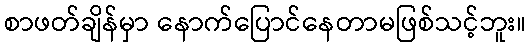
စာဖတ်ချိန်မှာ နောက်ပြောင်နေတာမဖြစ်သင့်ဘူး။